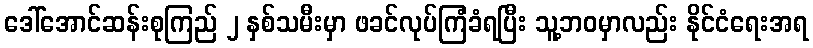
ဒေါ်အောင်ဆန်းစုကြည် ၂ နှစ်သမီးမှာ ဖခင်လုပ်ကြံခံရပြီး သူ့ဘဝမှာလည်း နိုင်ငံရေးအရ